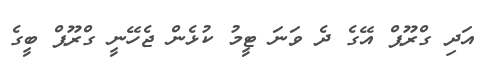
އަދި ގްރޫޕް އޭގެ ދެ ވަނަ ޓީމު ކުޅެން ޖެހޭނީ ގްރޫޕް ބީގެ